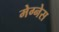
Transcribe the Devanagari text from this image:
मेग्नेस